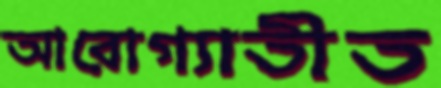
আরোগ্যাতীত